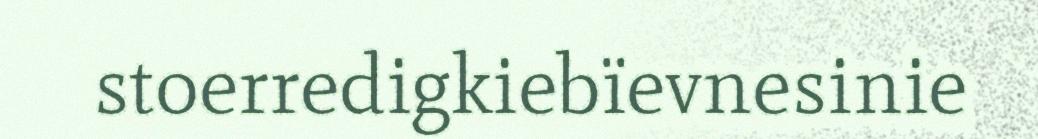
stoerredigkiebïevnesinie